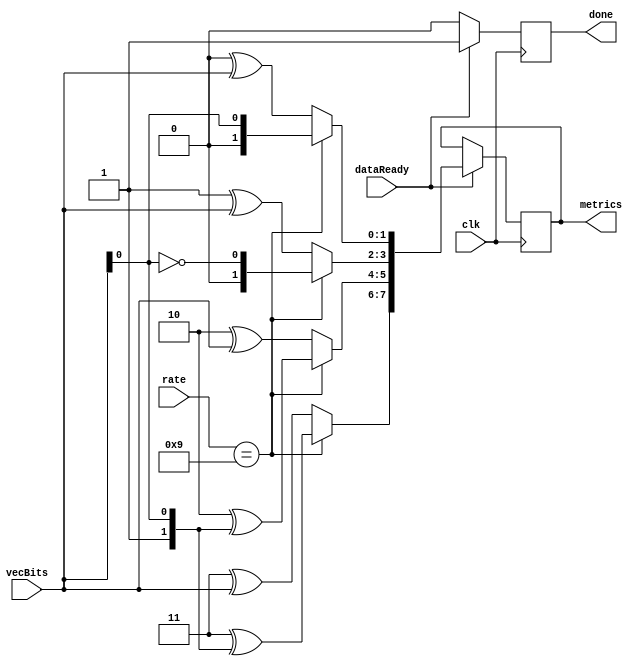
`timescale 1ns / 1ps
//////////////////////////////////////////////////////////////////////////////////
// Company: 
// Engineer: 
// 
// Design Name: 
// Module Name:    branchMetric 
// Project Name: 
// Target Devices: 
// Tool versions: 
// Description: 
//
// Dependencies: 
//
// Revision: 
// Revision 0.01 - File Created
// Additional Comments: 
//
//////////////////////////////////////////////////////////////////////////////////
module branchMetric(input [1:0]vecBits,
						  input clk,
						  input dataReady,
						  input [3:0]rate,
						  output reg [7:0]metrics,
						  output reg done
    );

		always @(posedge clk)
		begin 
			if (dataReady)
				begin
					if (rate == 4'b1001)
						begin
							metrics[1:0] = (2'b00) ^ {1'b0,vecBits[0]};
							metrics[3:2] = (2'b01) ^ {1'b0,vecBits[0]};
							metrics[5:4] = (2'b10) ^ {1'b1,vecBits[0]};
							metrics[7:6] = (2'b11) ^ {1'b1,vecBits[0]};
						end
					else
						begin
							metrics[1:0] = (2'b00) ^ vecBits;
							metrics[3:2] = (2'b01) ^ vecBits;
							metrics[5:4] = (2'b10) ^ vecBits;
							metrics[7:6] = (2'b11) ^ vecBits;
						end
					done = 1'b1;
							
				end
			else
				done = 1'b0;
		end

endmodule